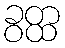
ခွတ္ထ